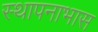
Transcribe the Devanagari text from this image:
स्थापनाभास